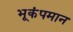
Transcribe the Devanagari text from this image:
भूकंपमान